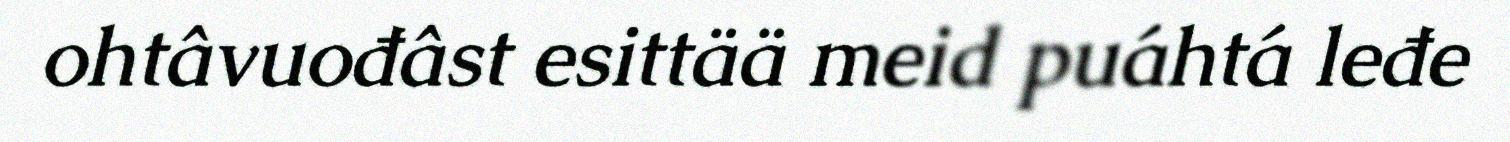
ohtâvuođâst esittää meid puáhtá leđe